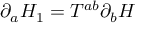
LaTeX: \partial _ { a } H _ { 1 } = T ^ { a b } \partial _ { b } H